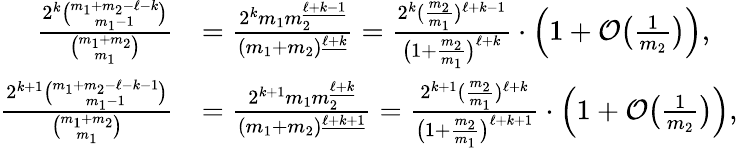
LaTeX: \begin{array}{rl}{\frac{2^{k}\binom{m_{1}+m_{2}-\ell-k}{m_{1}-1}}{\binom{m_{1}+m_{2}}{m_{1}}}}&{=\frac{2^{k}m_{1}m_{2}^{\underline{{\ell+k-1}}}}{(m_{1}+m_{2})^{\underline{{\ell+k}}}}=\frac{2^{k}(\frac{m_{2}}{m_{1}})^{\ell+k-1}}{\big(1+\frac{m_{2}}{m_{1}}\big)^{\ell+k}}\cdot\Big(1+\mathcal{O}\big(\textstyle{\frac{1}{m_{2}}}\big)\Big),}\\ {\frac{2^{k+1}\binom{m_{1}+m_{2}-\ell-k-1}{m_{1}-1}}{\binom{m_{1}+m_{2}}{m_{1}}}}&{=\frac{2^{k+1}m_{1}m_{2}^{\underline{{\ell+k}}}}{(m_{1}+m_{2})^{\underline{{\ell+k+1}}}}=\frac{2^{k+1}(\frac{m_{2}}{m_{1}})^{\ell+k}}{\big(1+\frac{m_{2}}{m_{1}}\big)^{\ell+k+1}}\cdot\Big(1+\mathcal{O}\big(\textstyle{\frac{1}{m_{2}}}\big)\Big),}\end{array}